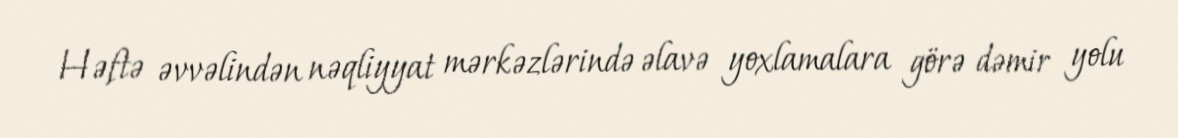
Həftə əvvəlindən nəqliyyat mərkəzlərində əlavə yoxlamalara görə dəmir yolu